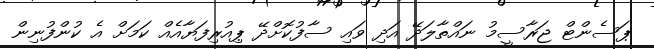
ޕަސެންޓް ޖަރާސީމު ނައްތާލަދޭ އަދި ވައި ސާފުކޮށްދޭ ޕިއުރިފަޔާއެއް ކަމަށް އެ ކުންފުނިން